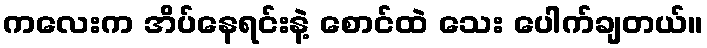
ကလေးက အိပ်နေရင်းနဲ့ စောင်ထဲ သေး ပေါက်ချတယ်။